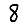
Digit: 8